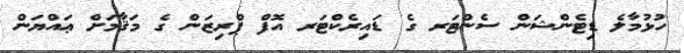
ހުޅުމާލެ ޑިޓެންޝަން ސެންޓަރ ގެ ޑައިރެކްޓަރ އޮފް ޕްރިޒަން ގެ މަޤާމަށް ޢައްޔަން